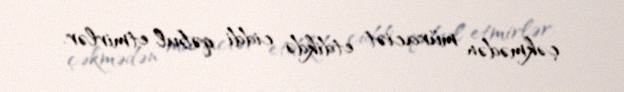
çəkmədən müraciət etdikdə ciddi qəbul etmirlər.